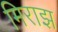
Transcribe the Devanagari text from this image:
मिराझ